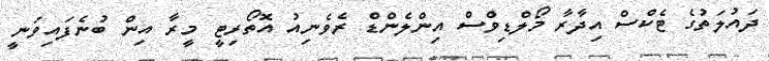
ދައުލަތުގެ ޓެކްސް އިދާރާ މޯލްޑިވްސް އިންލެންޑް ރެވެނިއު އޮތޯރިޓީ މީރާ އިން ބުނެފައިވަނީ